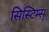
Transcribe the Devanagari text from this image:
सिस्टिम्स्